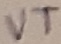
Text: VT